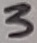
Text: 3